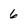
Character: 6